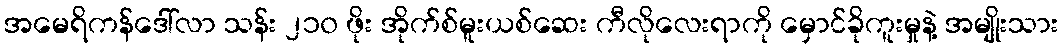
အမေရိကန်ဒေါ်လာ သန်း ၂၁၀ ဖိုး အိုက်စ်မူးယစ်ဆေး ကီလိုလေးရာကို မှောင်ခိုကူးမှုနဲ့ အမျိုးသား